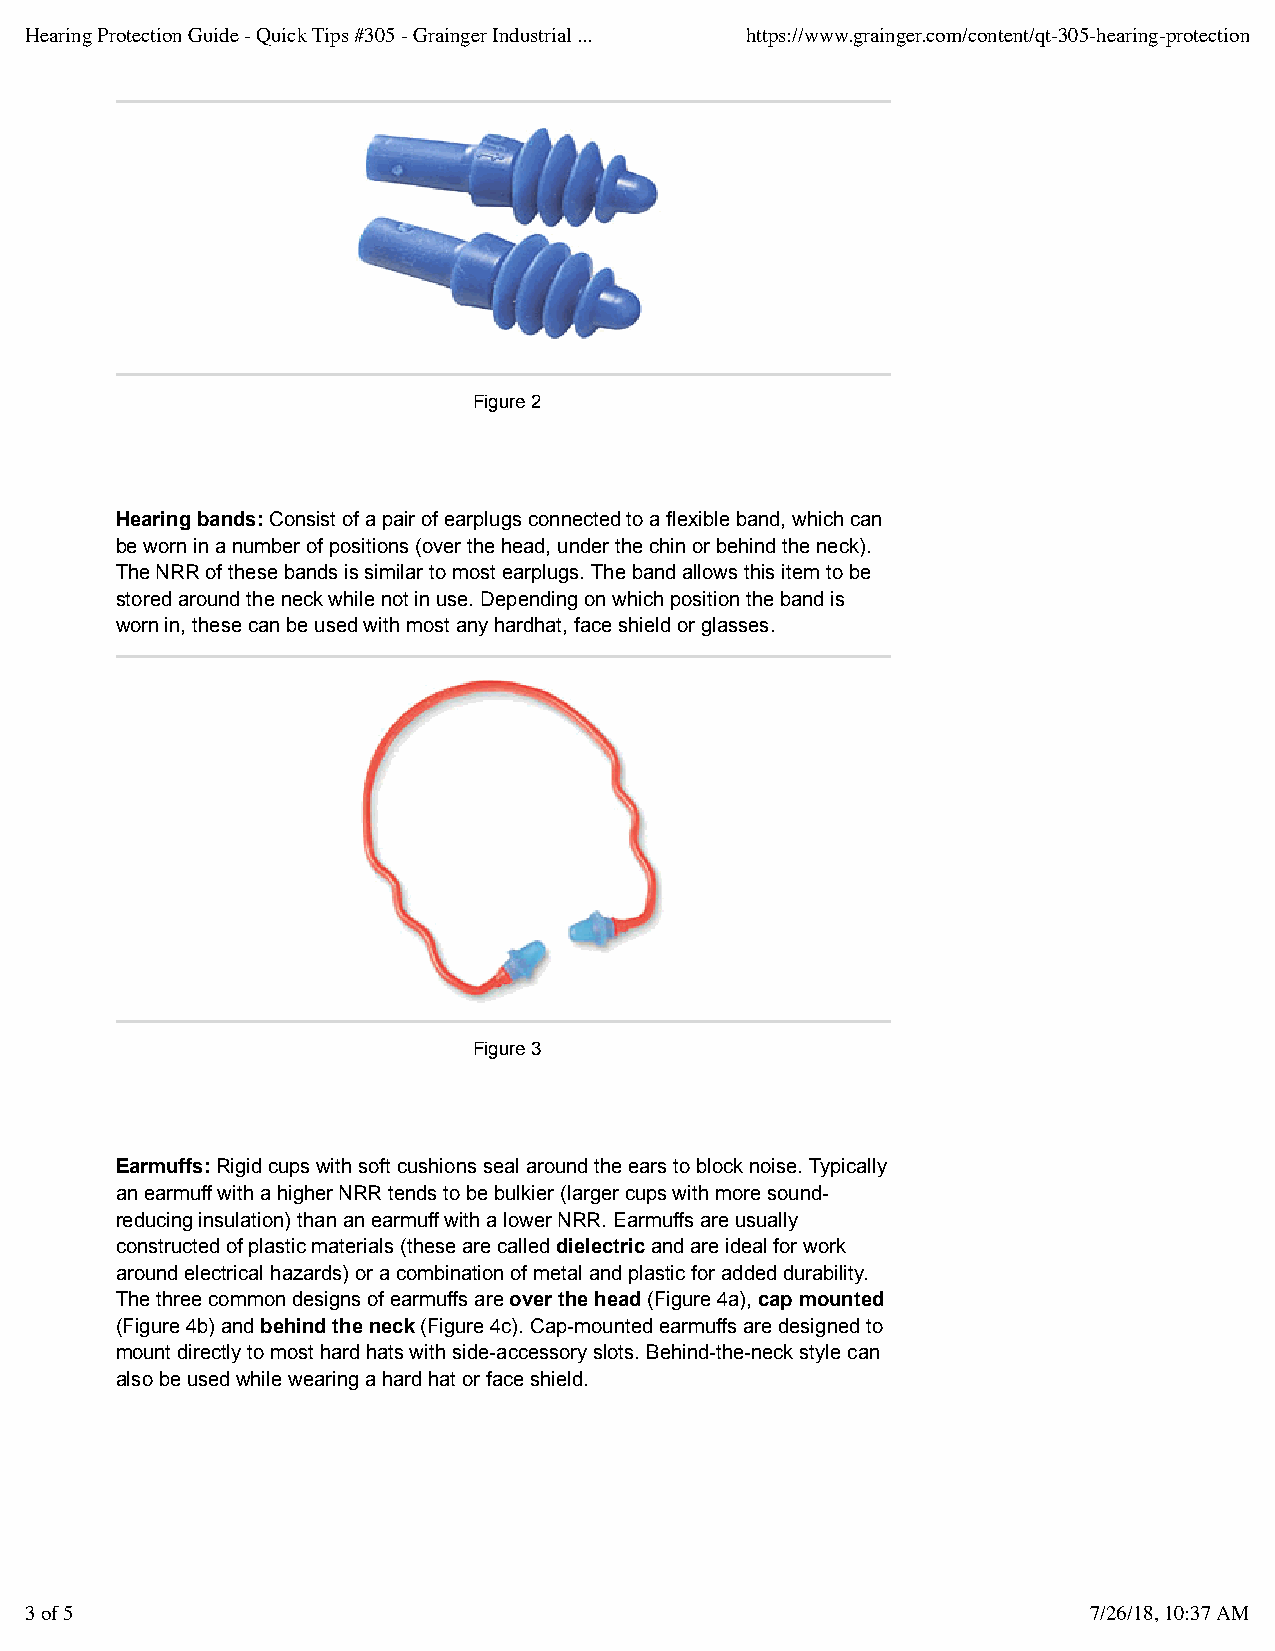
Hearing Protection Guide - Quick Tips #305 - Grainger Industrial ... https://www.grainger.com/content/qt-305-hearing-protection
 Figure 2
 Hearing bands: Consist of a pair of earplugs connected to a flexible band, which can
 be worn in a number of positions (over the head, under the chin or behind the neck).
 The NRR of these bands is similar to most earplugs. The band allows this item to be
 stored around the neck while not in use. Depending on which position the band is
 worn in, these can be used with most any hardhat, face shield or glasses.
 Figure 3
 Earmuffs: Rigid cups with soft cushions seal around the ears to block noise. Typically
 an earmuff with a higher NRR tends to be bulkier (larger cups with more sound-
 reducing insulation) than an earmuff with a lower NRR. Earmuffs are usually
 constructed of plastic materials (these are called dielectric and are ideal for work
 around electrical hazards) or a combination of metal and plastic for added durability.
 The three common designs of earmuffs are over the head (Figure 4a), cap mounted
 (Figure 4b) and behind the neck (Figure 4c). Cap-mounted earmuffs are designed to
 mount directly to most hard hats with side-accessory slots. Behind-the-neck style can
 also be used while wearing a hard hat or face shield.
 3 of 5                                                                7/26/18, 10:37 AM